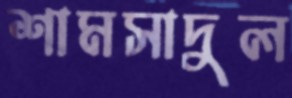
শামসাদুল